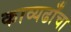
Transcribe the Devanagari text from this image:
काव्यढाँचा